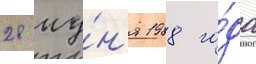
28 иу́н'я 1988 го́да